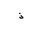
Letter: _thal